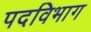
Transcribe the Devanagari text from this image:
पदविभाग